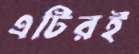
এটিরই